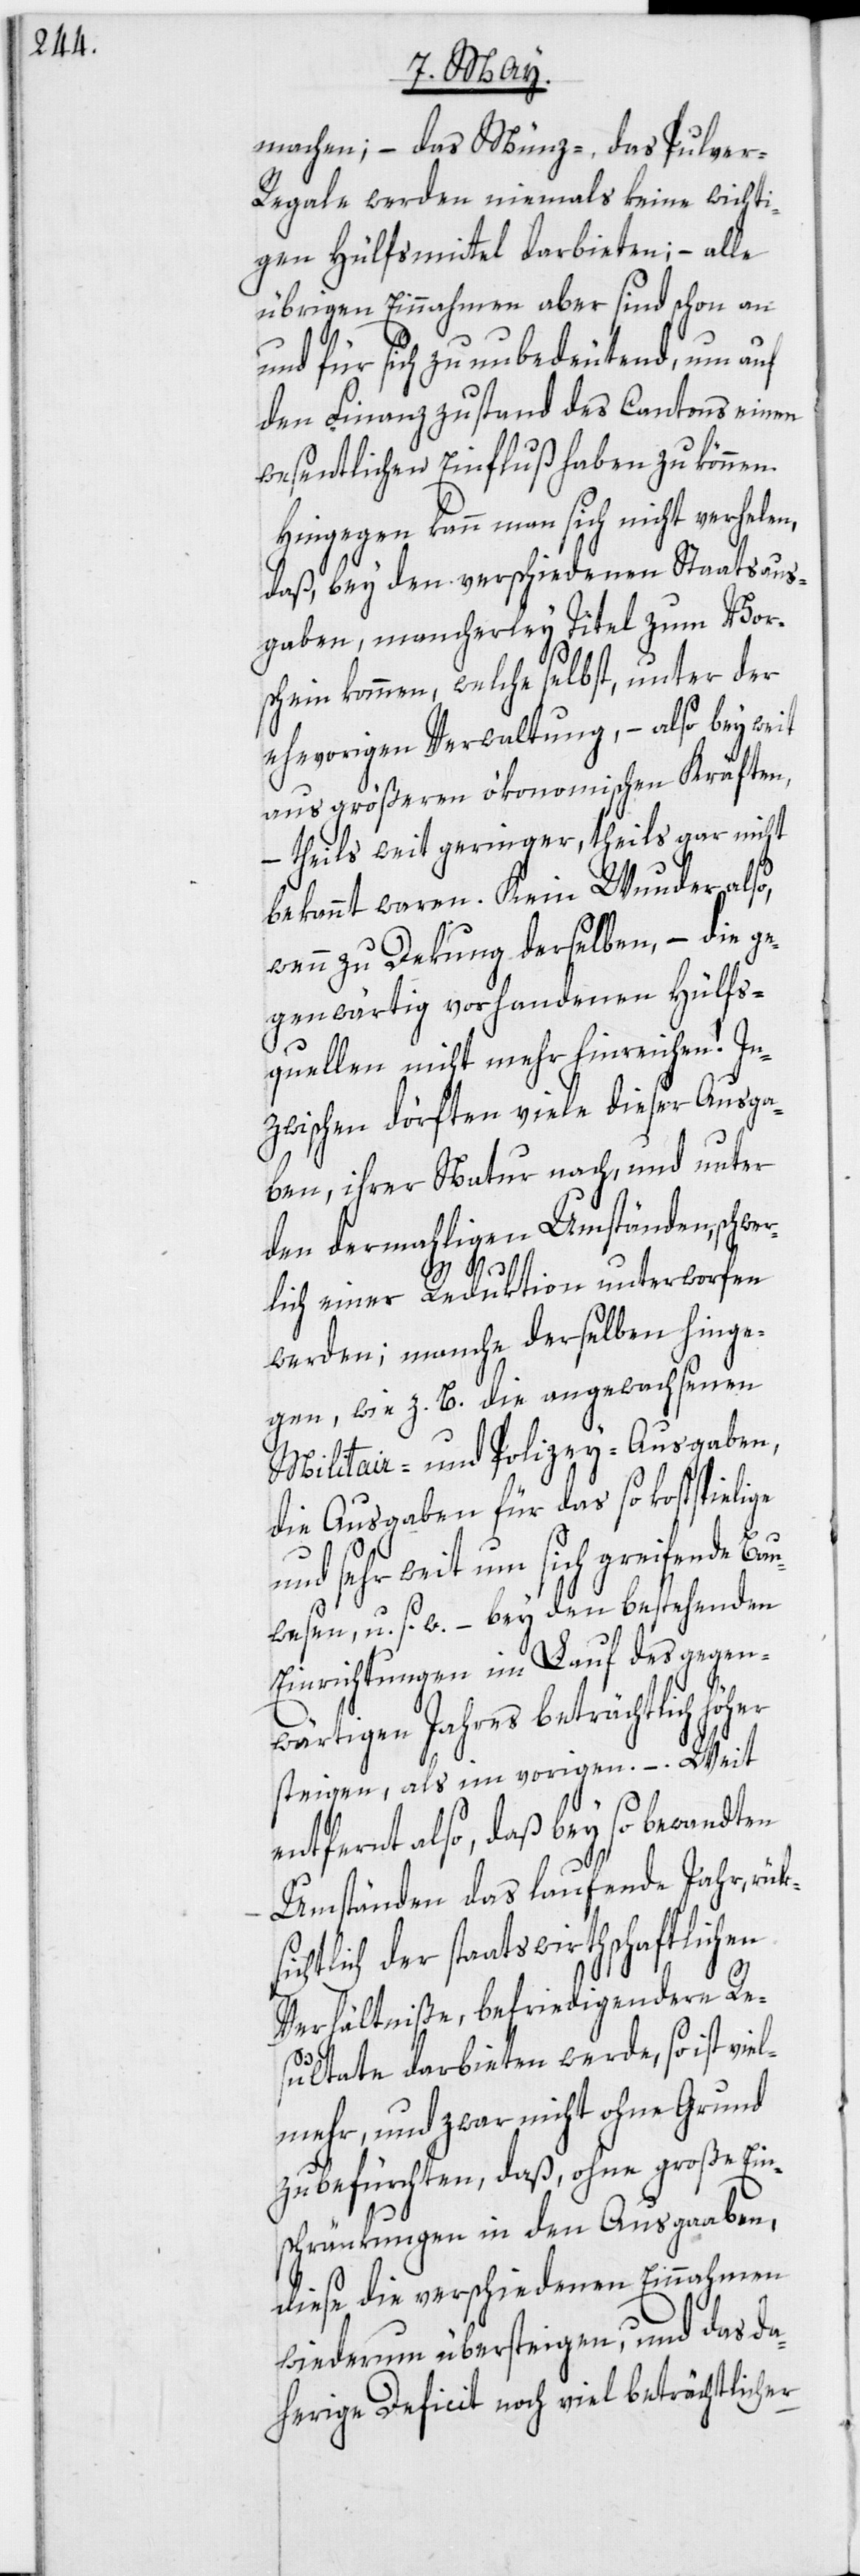
machen; – das Münz-, das Pulve¬
r-Regale werden niemals keine wichti¬
gen Hülfsmittel darbieten; – alle
übrigen Einnahmen aber sind schon an
und für sich zu unbedeutend, um auf
den Finanzzustand des Cantons einen
wesentlichen Einfluß haben zu können.
Hingegen kann man sich nicht verhelen,
daß, bey den verschiedenen Staatsaus¬
gaben, mancherley Titel zum Vor¬
schein kommen, welche selbst, unter der
ehevorigen Verwaltung, – also bey weit
aus größeren ökonomischen Kräften,
theils weit geringer, theils gar nicht
bekannt waren. Kein Wunder also,
wenn zu Dekung derselben, – die ge¬
genwärtig vorhandenen Hülfs¬
quellen nicht mehr hinreichen! In¬
zwischen dörften viele dieser Ausga¬
ben, ihrer Natur nach, und unter
den dermahligen Umständen, schwer¬
i¬
lich einer Reduktion unterworfen
werden; manche derselben hinge¬
gen, wie z. B. die angewachsenen
Militair- und Polizey-Ausgaben,
die Ausgaben für das so kostspielige
und sehr weit um sich greifende Bau¬
wesen, u. s. w. – bey den bestehenden
Einrichtungen im Lauf des gegen¬
wärtigen Jahres beträchtlich höher
steigen, als im vorigen. – Weit
entfernt also, daß bey so bewandten
Umständen das laufende Jahr, rüks¬
chtlich der staatswirthschaftlichen
Verhältniße, befriedigendere Re¬
sultate darbieten werde, so ist vie¬
lmehr, und zwar nicht ohne Grund
zu befürchten, daß, ohne große Ein¬
schränkungen in den Ausgaaben,
diese die verschiedenen Einnahmen
wiederum übersteigen, und das da¬
herige Deficit noch viel beträchtlicher